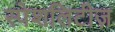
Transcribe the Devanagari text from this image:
स्पेशलिटीज़